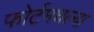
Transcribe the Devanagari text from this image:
फोर्टमधल्या